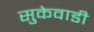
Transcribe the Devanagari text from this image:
सुकेवाडी